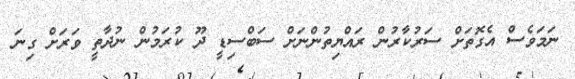
ނަމަވެސް އެގޮތަށް ސަރުކާރުން ރައްޔިތުންނަށް ސަބްސިޑީ ދޫ ކުރަމުން ނުދާތީ ވަރަށް ގިނަ